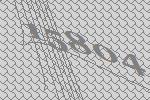
15804